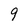
Character: 9